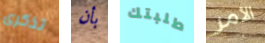
تذكرى بأن طلبتك الأمر